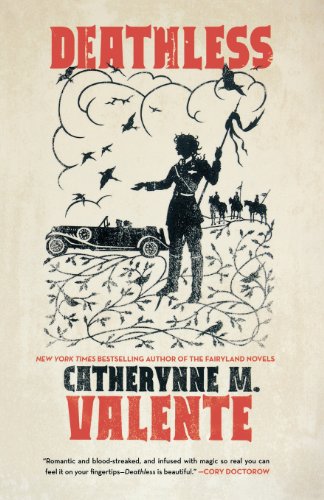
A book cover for Deathless; Catherynne M. Valente; Science Fiction & Fantasy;